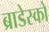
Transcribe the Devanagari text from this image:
ब्राडेस्को